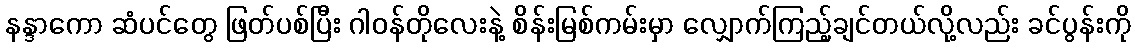
နန္ဒာကော ဆံပင်တွေ ဖြတ်ပစ်ပြီး ဂါဝန်တိုလေးနဲ့ စိန်းမြစ်ကမ်းမှာ လျှောက်ကြည့်ချင်တယ်လို့လည်း ခင်ပွန်းကို